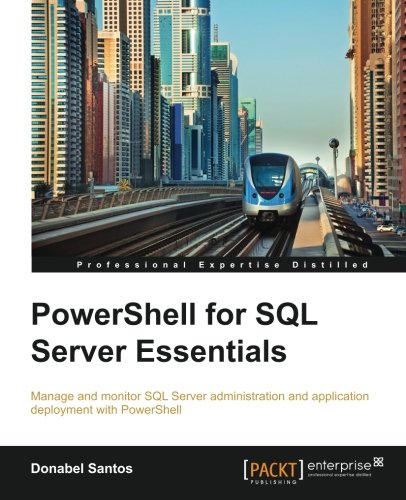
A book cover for PowerShell for SQL Server Essentials; Donabel Santos; Computers & Technology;